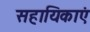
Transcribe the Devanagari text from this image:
सहायिकाएं